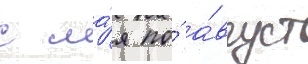
с ма́я по́ а́вгуст